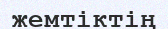
жемтіктің